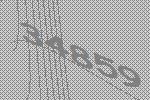
34859